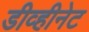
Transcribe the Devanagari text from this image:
डीव्हीनेट